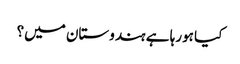
کیا ہورہا ہے ہندوستان میں؟